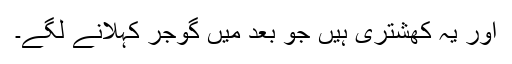
اور یہ کھشتری ہیں جو بعد میں گوجر کہلانے لگے۔